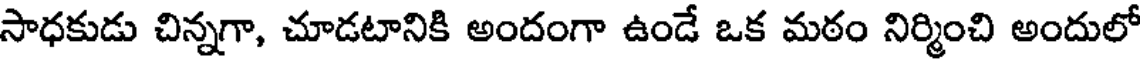
సాధకుడు చిన్నగా, చూడటానికి అందంగా ఉండే ఒక మఠం నిర్మించి అందులో